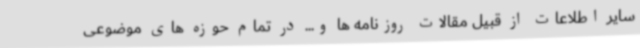
سایر اطلاعات از قبیل مقالات روزنامه ها و... در تمام حوزه های موضوعی